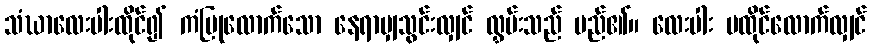
သံဃာလေးပါးထိုင်၍ ကံပြုလောက်သော နေရာမျှသွင်းလျှင် လွှမ်းသည် မည်၏။ လေးပါး မထိုင်လောက်လျှင်